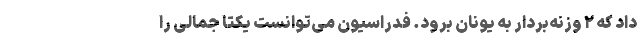
داد که ۲ وزنه‌بردار به یونان برود. فدراسیون می‌توانست یکتا جمالی را